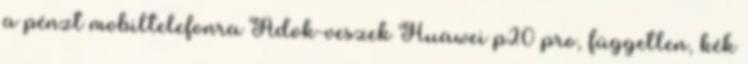
a pénzt mobiltelefonra Adok-veszek Huawei p20 pro, független, kék